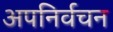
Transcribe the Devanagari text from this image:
अपनिर्वचन